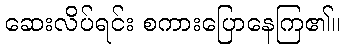
ဆေးလိပ်ရင်း စကားပြောနေကြ၏။